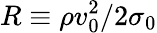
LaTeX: R\equiv\rho v_{0}^{2}/2\sigma_{0}